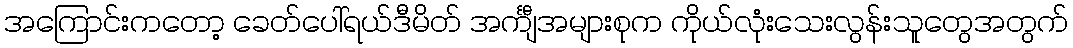
အကြောင်းကတော့ ခေတ်ပေါ်ရယ်ဒီမိတ် အင်္ကျီအများစုက ကိုယ်လုံးသေးလွန်းသူတွေအတွက်